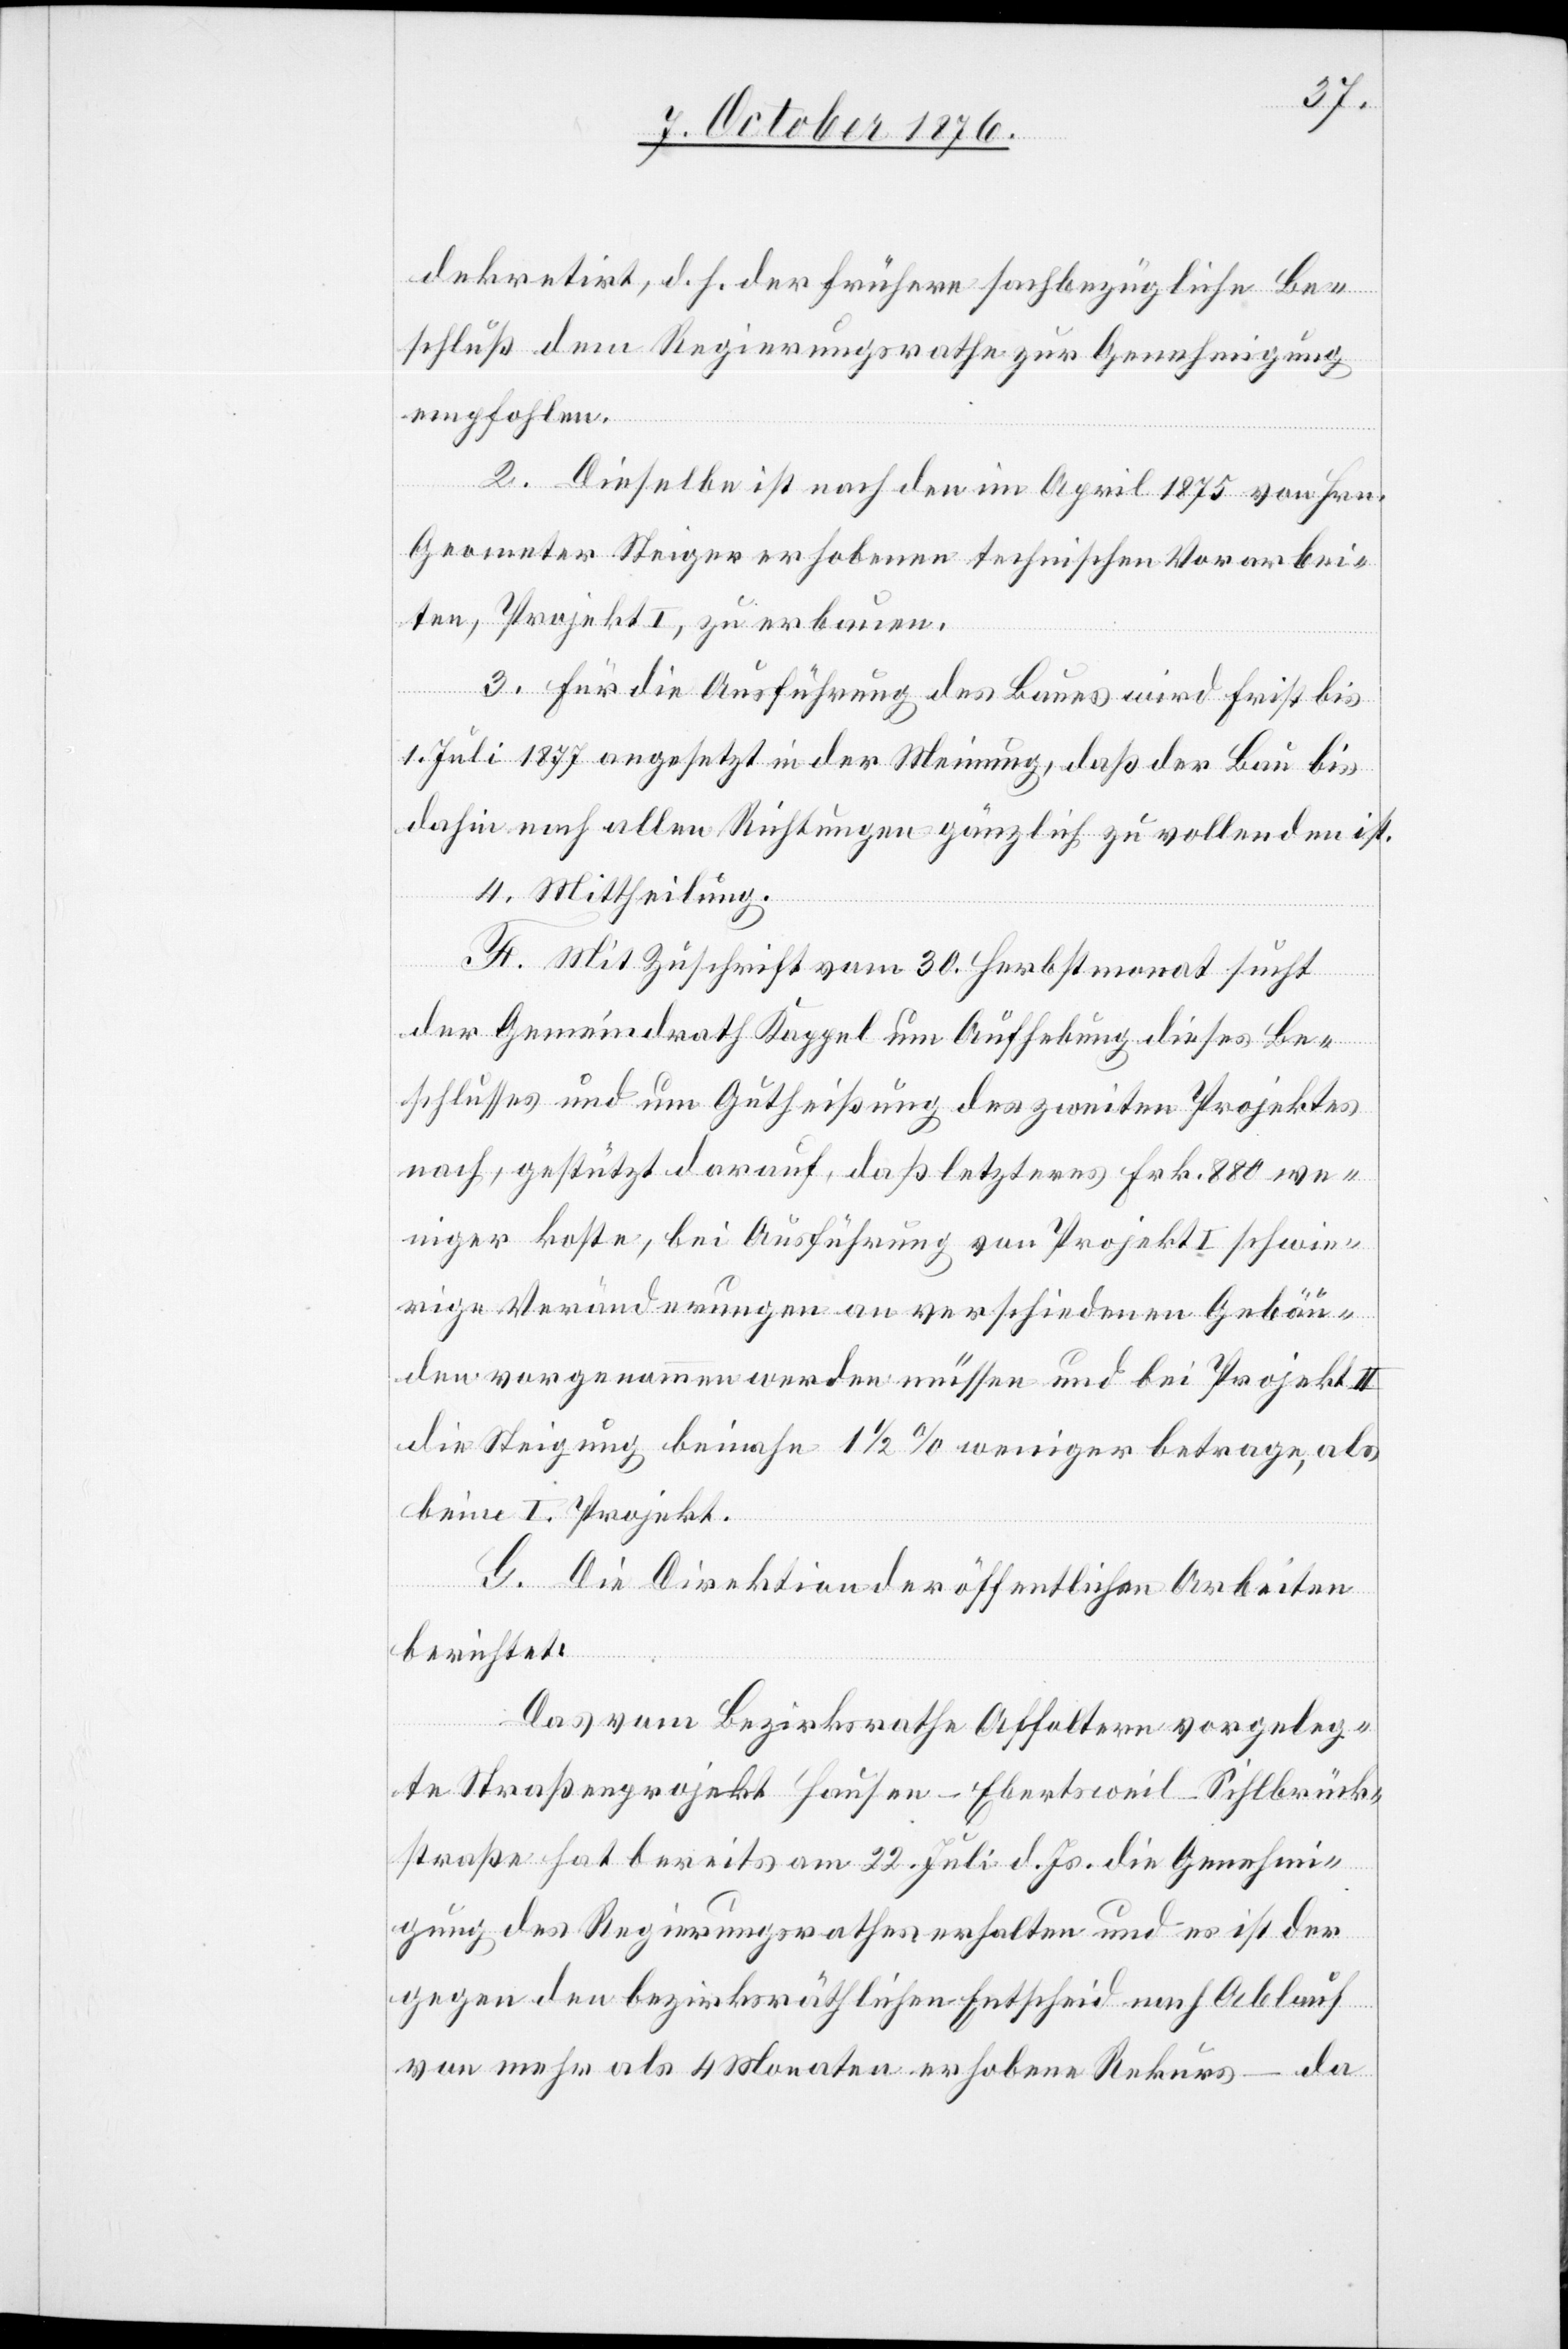
dekretirt, d. h. der frühere sachbezügliche Be¬
schluß dem Regierungsrathe zur Genehmigung
empfohlen.
2. Dieselbe ist nach den im April 1875 von Hrn.
Geometer Steiger erhobenen technischen Vorarbei¬
ten, Projekt I, zu erbauen.
3. Für die Ausführung des Baues wird Frist bis
1. Juli 1877 angesetzt in der Meinung, daß der Bau bis
dahin nach allen Richtungen gänzlich zu vollenden ist.
4. Mittheilung.
F. Mit Zuschrift vom 30. Herbstmonat sucht
der Gemeindrath Kappel um Aufhebung dieses Be¬
schlusses und um Gutheißung des zweiten Projektes
nach, gestützt darauf, daß letzteres Frk. 880 we¬
niger koste, bei Ausführung von Projekt I schwie¬
rige Veränderungen an verschiedenen Gebäu¬
den vorgenommen werden müssen und bei Projekt II
die Steigung beinahe 1 1/2% weniger betrage, als
beim I. Projekt.
G. Die Direktion der öffentlichen Arbeiten
berichtet:
Das vom Bezirksrathe Affoltern vorgeleg¬
te Straßenprojekt Hausen–Ebertsweil–Sihlbrück¬
straße hat bereits am 22. Juli d. Js. die Genehmi¬
gung des Regierungsrathes erhalten und es ist der
gegen den bezirksräthlichen Entscheid nach Ablauf
von mehr als 4 Monaten erhobene Rekurs – da